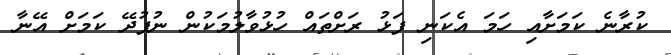
ކުރާނެ ކަމަށާއި ހަމަ އެކަނި ފަޅު ރަށްތައް ހުޅުވާލުމަކުން ނުފުދޭ ކަމަށް އޭނާ